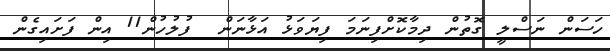
ހަސަން ނަސްލީ ގޮތުން ދިމާކޮށްފިނަމަ ފިޔަވަޅު އަޅާނަން  ފުލުހުން11 އިން ފަށައިގެން